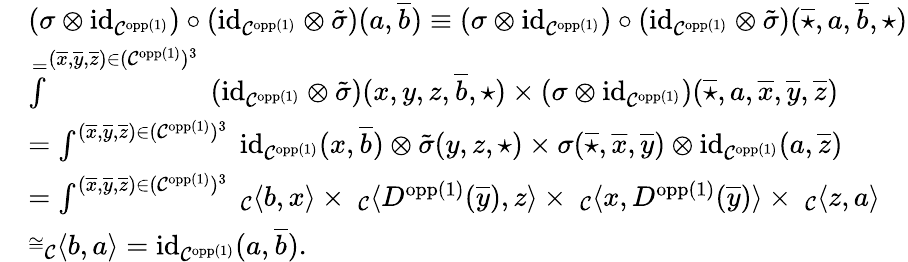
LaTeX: \begin{array}{rl}&{(\sigma\otimes\textnormal{id}_{\mathcal{C}^{\textnormal{opp}(1)}})\circ(\textnormal{id}_{\mathcal{C}^{\textnormal{opp}(1)}}\otimes\tilde{\sigma})(a,\overline{{b}})\equiv(\sigma\otimes\textnormal{id}_{\mathcal{C}^{\textnormal{opp}(1)}})\circ(\textnormal{id}_{\mathcal{C}^{\textnormal{opp}(1)}}\otimes\tilde{\sigma})(\overline{{\star}},a,\overline{{b}},\star)}\\ &{\overset{=}\int^{(\overline{{x}},\overline{{y}},\overline{{z}})\in(\mathcal{C}^{\textnormal{opp}(1)})^{3}}\ (\textnormal{id}_{\mathcal{C}^{\textnormal{opp}(1)}}\otimes\tilde{\sigma})(x,y,z,\overline{{b}},\star)\times(\sigma\otimes\textnormal{id}_{\mathcal{C}^{\textnormal{opp}(1)}})(\overline{{\star}},a,\overline{{x}},\overline{{y}},\overline{{z}})}\\ &{=\int^{(\overline{{x}},\overline{{y}},\overline{{z}})\in(\mathcal{C}^{\textnormal{opp}(1)})^{3}}\ \textnormal{id}_{\mathcal{C}^{\textnormal{opp}(1)}}(x,\overline{{b}})\otimes\tilde{\sigma}(y,z,\star)\times\sigma(\overline{{\star}},\overline{{x}},\overline{{y}})\otimes\textnormal{id}_{\mathcal{C}^{\textnormal{opp}(1)}}(a,\overline{{z}})}\\ &{=\int^{(\overline{{x}},\overline{{y}},\overline{{z}})\in(\mathcal{C}^{\textnormal{opp}(1)})^{3}}\ _{\mathcal{C}}\langle b,x\rangle\times\ _{\mathcal{C}}\langle D^{\textnormal{opp}(1)}(\overline{{y}}),z\rangle\times\ _{\mathcal{C}}\langle x,D^{\textnormal{opp}(1)}(\overline{{y}})\rangle\times\ _{\mathcal{C}}\langle z,a\rangle}\\ &{\overset{\cong}\ _{\mathcal{C}}\langle b,a\rangle=\textnormal{id}_{\mathcal{C}^{\textnormal{opp}(1)}}(a,\overline{{b}}).}\end{array}